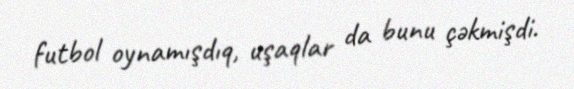
futbol oynamışdıq, uşaqlar da bunu çəkmişdi.